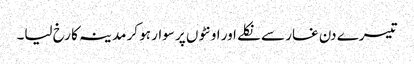
تیسرے دن غار سے نکلے اور اونٹوں پر سوار ہو کر مدینہ کا رخ لیا۔